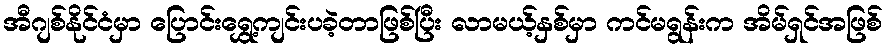
အီဂျစ်နိုင်ငံမှာ ပြောင်းရွှေ့ကျင်းပခဲ့တာဖြစ်ပြီး လာမယ့်နှစ်မှာ ကင်မရွန်းက အိမ်ရှင်အဖြစ်